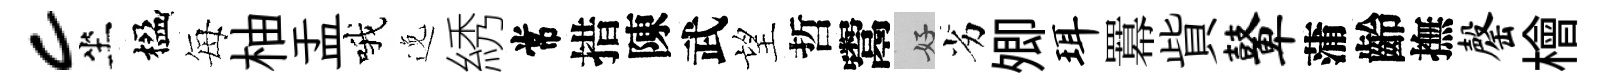
c坐楹每柚盂哦𨓜綉常措陳武望哲鬻好劣𡖖珥羃貲鼙蒲齡撫罄檜